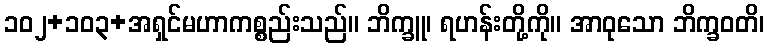
၁၀၂+၁၀၃+အရှင်မဟာကစ္စည်းသည်။ ဘိက္ခူ၊ ရဟန်းတို့ကို။ အာဝုသော ဘိက္ခဝတိ၊